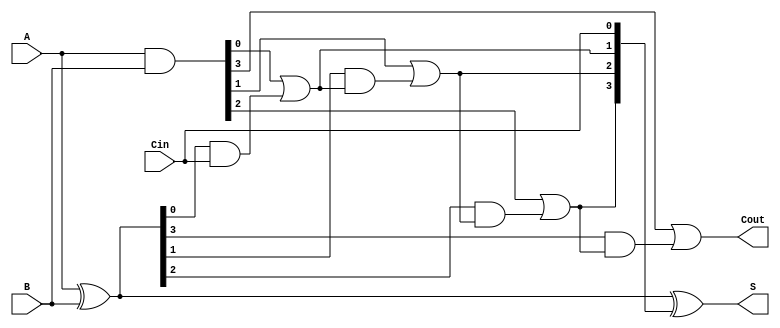
module RCLA #(parameter n = 4) (
    input  [n-1:0] A,      // First input
    input  [n-1:0] B,      // Second input
    input          Cin,     // Carry-in
    output [n-1:0] S,      // Sum output
    output         Cout     // Carry-out
);

    // Generate and Propagate signals
    wire [n-1:0] P; // Propagate
    wire [n-1:0] G; // Generate
    wire [n:0] C;   // Carry signals

    // Generate and Propagate calculations
    assign P = A ^ B; // P[i] = A[i] XOR B[i]
    assign G = A & B; // G[i] = A[i] AND B[i]

    // Carry Lookahead Logic
    assign C[0] = Cin; // C[0] = Cin
    genvar i;
    generate
        for (i = 0; i < n; i = i + 1) begin : carry_logic
            if (i == 0) begin
                assign C[i + 1] = G[i] | (P[i] & C[i]); // C[1] = G[0] + (P[0] * C[0])
            end else begin
                assign C[i + 1] = G[i] | (P[i] & C[i]); // C[i + 1] = G[i] + (P[i] * C[i])
            end
        end
    endgenerate

    // Sum calculation
    assign S = P ^ C[n-1:0]; // S[i] = P[i] XOR C[i]

    // Final Carry-out
    assign Cout = C[n]; // Cout = C[n]

endmodule